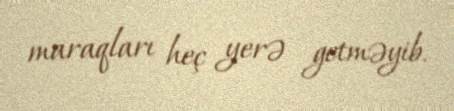
maraqları heç yerə getməyib.